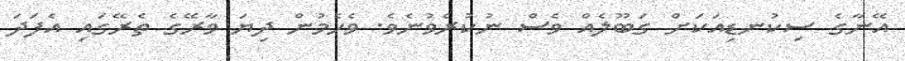
އޭނާގެ ސިކުނޑިއަކަށް ގަބޫލެއް ވެސް ނުކުރެވުނެވެ. ވެހެމުން ދިޔަ ވާރޭގެ ތެރޭގައި އެފަދަ